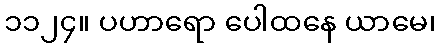
၁၁၂၄။ ပဟာရော ပေါထနေ ယာမေ၊